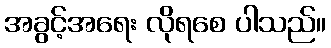
အခွင့်အရေး လိုရစေ ပါသည်။